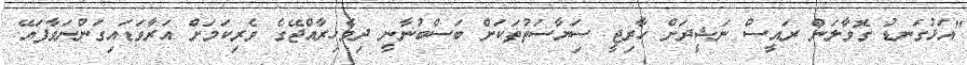
"އަޅުގަނޑު ގޮވާލަން ރައީސް ނަޝީދަށް ހާރިޖީ ސަިޔާސަތުތަކަށް ބަސްބުނާނީ ދިވެހިރާއްޖޭގެ ވެރިކަމަށް އަރާވަޑައިގަންނަވާފައޭ.